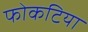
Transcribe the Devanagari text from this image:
फोकटिया